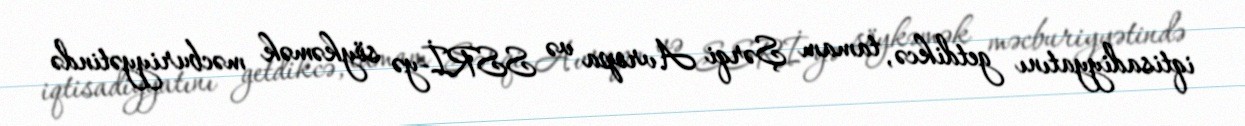
iqtisadiyyatını getdikcə, tamam Şərqi Avropa və SSRİ-yə söykəmək məcburiyyətində